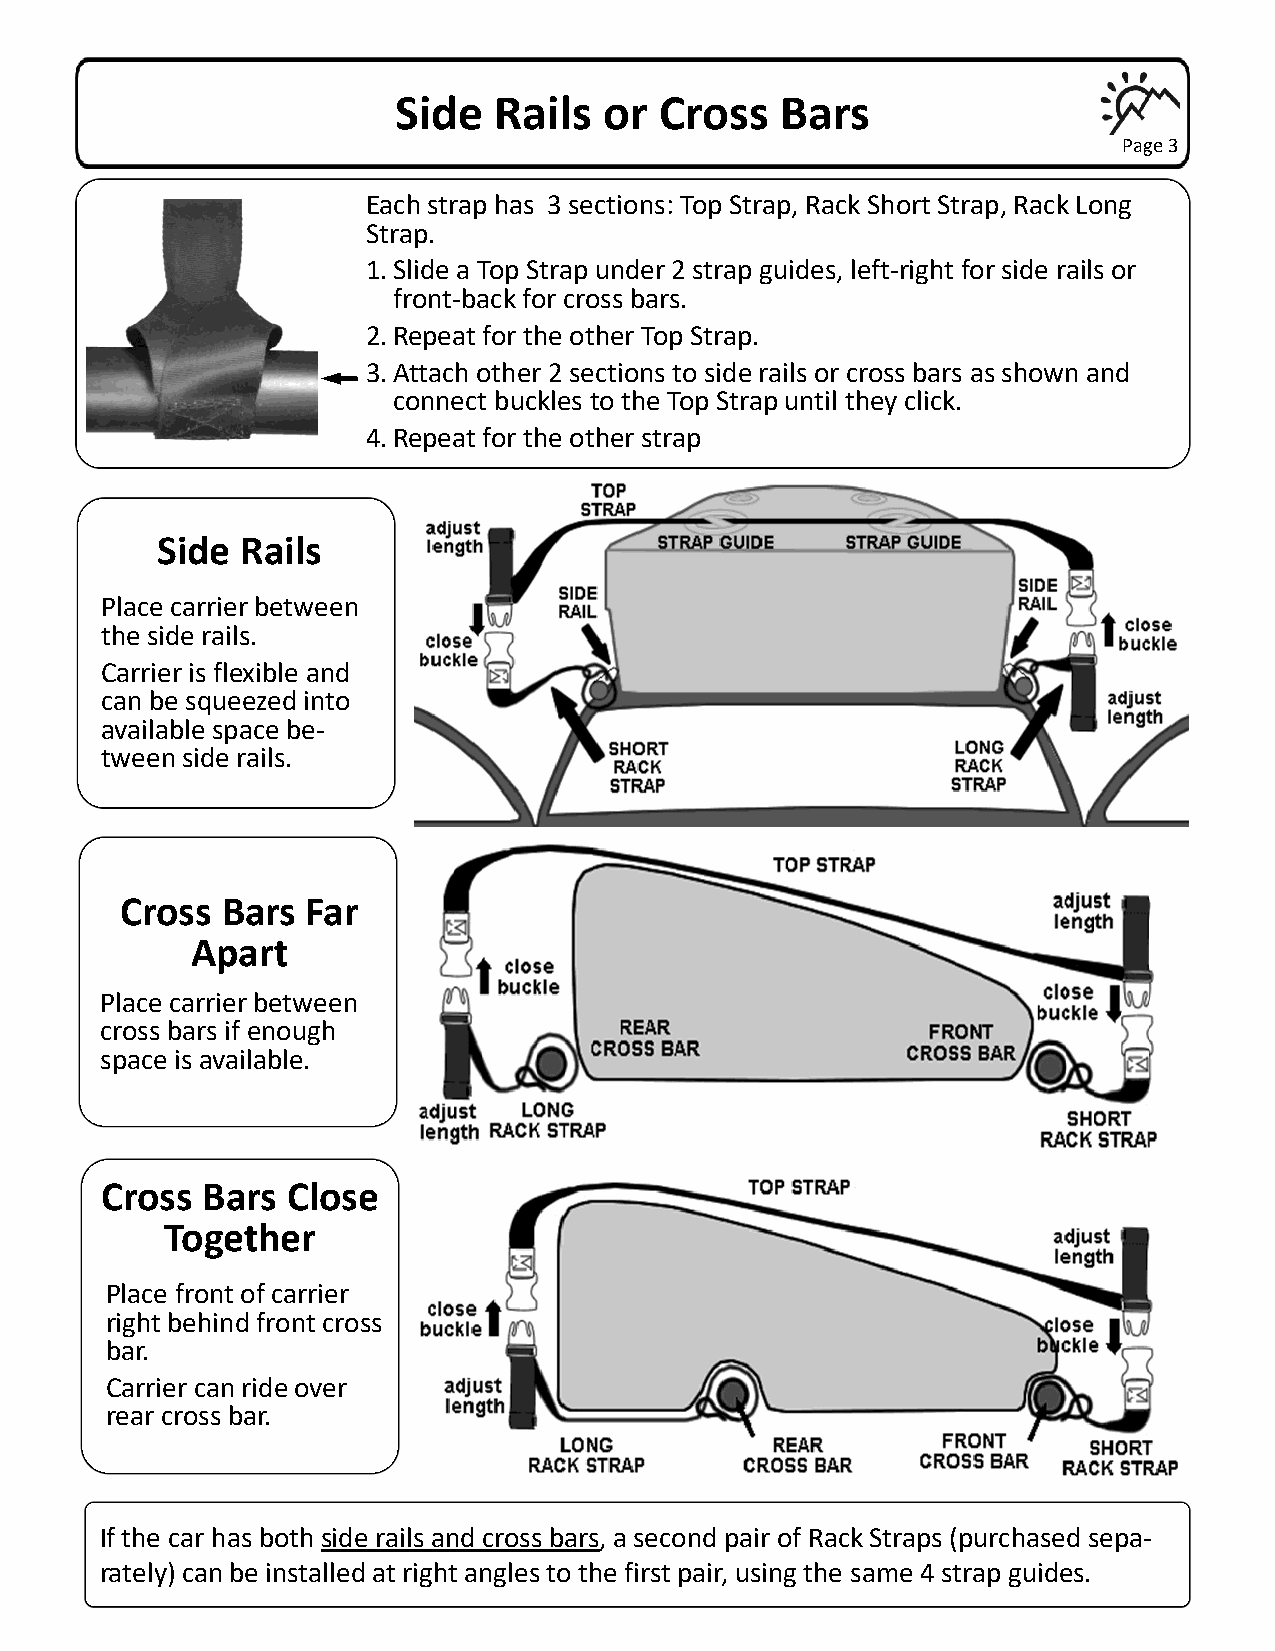
Side   Rails  or  Cross   Bars
 Page 3
 Each strap has 3 sections: Top Strap, Rack Short Strap, Rack Long
 Strap.
 1. Slide a Top Strap under 2 strap guides, left-right for side rails or
 front-back for cross bars.
 2. Repeat for the other Top Strap.
 3. Attach other 2 sections to side rails or cross bars as shown and
 connect buckles to the Top Strap until they click.
 4. Repeat for the other strap
 Side  Rails
 Place carrier between
 the side rails.
 Carrier is flexible and
 can be squeezed into
 available space be-
 tween side rails.
 Cross  Bars Far
 Apart
 Place carrier between
 cross bars if enough
 space is available.
 Cross Bars  Close
 Together
 Place front of carrier
 right behind front cross
 bar.
 Carrier can ride over
 rear cross bar.
 If the car has both side rails and cross bars, a second pair of Rack Straps (purchased sepa-
 rately) can be installed at right angles to the first pair, using the same 4 strap guides.